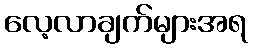
လေ့လာချက်များအရ